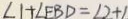
\angle 1 + \angle E B D = \angle 2 + 1